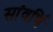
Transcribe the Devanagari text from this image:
सांवर्णि